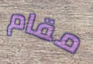
مقام